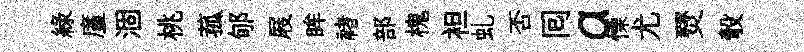
綠廑涸桃菰郇屐眸禇部槐袒虬否囘a慄尤燹彀